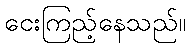
ငေးကြည့်နေသည်။